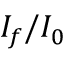
I _ { f } / I _ { 0 }